Plague in India, 1896, 1897 - Volume 1
Year: 1896
Disease focus: Plague
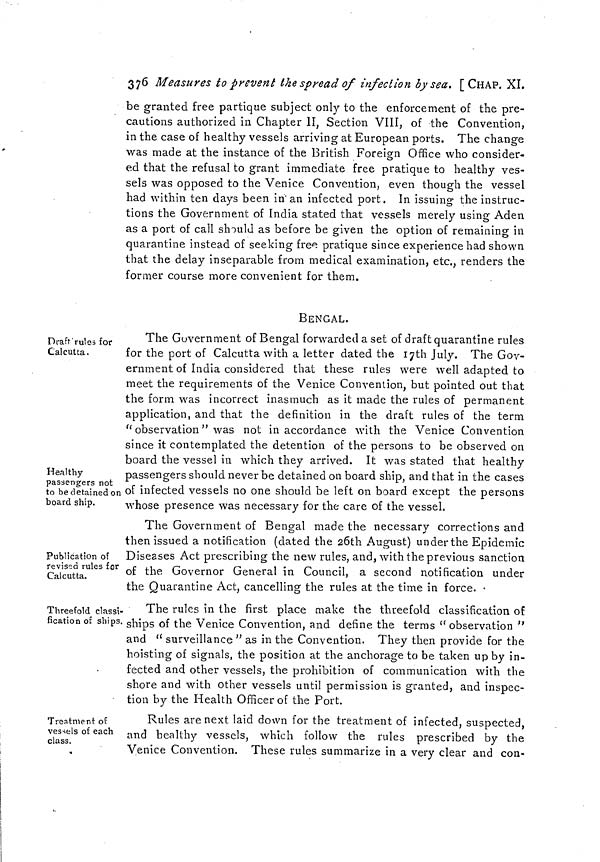
376 Measures to prevent the spread of infection by sea. [ CHAP. XI.
be granted free partique subject only to the enforcement of the pre-
cautions authorized in Chapter II, Section VIII, of the Convention,
in the case of healthy vessels arriving at European ports. The change
was made at the instance of the British Foreign Office who consider-
ed that the refusal to grant immediate free pratique to healthy ves-
sels was opposed to the Venice Convention, even though the vessel
had within ten days been in an infected port. In issuing the instruc-
tions the Government of India stated that vessels merely using Aden
as a port of call should as before be given the option of remaining in
quarantine instead of seeking free pratique since experience had shown
that the delay inseparable from medical examination, etc., renders the
former course more convenient for them.
BENGAL.
Draft rules for
Calcutta.
Healthy
passengers not
to be detained on
board ship.
The Government of Bengal forwarded a set of draft quarantine rules
for the port of Calcutta with a letter dated the 17th July. The Gov-
ernment of India considered that these rules were well adapted to
meet the requirements of the Venice Convention, but pointed out that
the form was incorrect inasmuch as it made the rules of permanent
application, and that the definition in the draft rules of the term
" observation" was not in accordance with the Venice Convention
since it contemplated the detention of the persons to be observed on
board the vessel in which they arrived. It was stated that healthy
passengers should never be detained on board ship, and that in the cases
of infected vessels no one should be left on board except the persons
whose presence was necessary for the care of the vessel.
Publication of
revised rules for
Calcutta.
The Government of Bengal made the necessary corrections and
then issued a notification (dated the 26th August) under the Epidemic
Diseases Act prescribing the new rules, and, with the previous sanction
of the Governor General in Council, a second notification under
the Quarantine Act, cancelling the rules at the time in force. •
Threefold classi-
fication of ships.
The rules in the first place make the threefold classification of
ships of the Venice Convention, and define the terms " observation "
and " surveillance " as in the Convention. They then provide for the
hoisting of signals, the position at the anchorage to be taken up by in-
fected and other vessels, the prohibition of communication with the
shore and with other vessels until permission is granted, and inspec-
tion by the Health Officer of the Port.
Treatment of
vessels of each
class.
Rules are next laid down for the treatment of infected, suspected,
and healthy vessels, which follow the rules prescribed by the
Venice Convention. These rules summarize in a very clear and con-